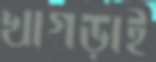
খাগড়াই